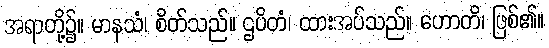
အရာတို့၌။ မာနသံ၊ စိတ်သည်။ ဌပိတံ၊ ထားအပ်သည်။ ဟောတိ၊ ဖြစ်၏။